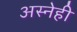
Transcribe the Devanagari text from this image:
अस्नेही